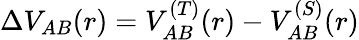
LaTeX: \Delta V_{AB}(r)=V_{AB}^{(T)}(r)-V_{AB}^{(S)}(r)